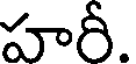
హరీ.